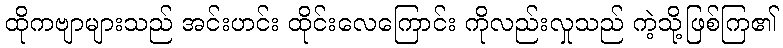
ထိုကဗျာများသည် အင်းဟင်း ထိုင်းလေကြောင်း ကိုလည်းလှုသည် ကဲ့သို့ဖြစ်ကြ၏